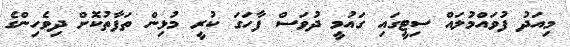
މިއަދު ފުވައްމުލައް ސިޓީގައި ގައުމީ ދުވަސް ފާހަގަ ކުރީ މުޅިން ތަފާތުކޮށް ދިވެހިންގެ